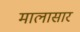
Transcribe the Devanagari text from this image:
मालासार